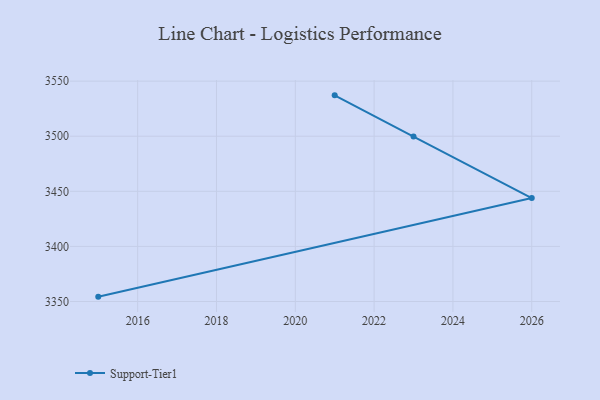
{"axis": {"x": "Year", "y": "Latency (ms)"}, "legend": ["Support-Tier1"], "data": [{"x": "2015", "y": 3354.4, "type": "Support-Tier1"}, {"x": "2026", "y": 3443.9, "type": "Support-Tier1"}, {"x": "2023", "y": 3499.7, "type": "Support-Tier1"}, {"x": "2021", "y": 3537.1, "type": "Support-Tier1"}]}